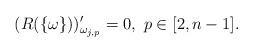
LaTeX: \begin{align*}(R(\{\omega\} ))^\prime_{\omega_{j,p}} =0,\ p\in [2,n-1].\end{align*}